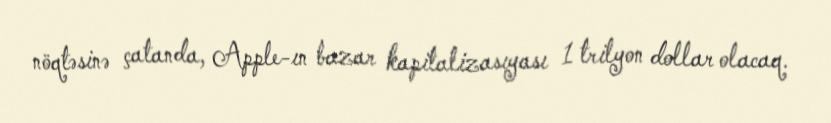
nöqtəsinə çatanda, Apple-ın bazar kapitalizasıyası 1 trilyon dollar olacaq.